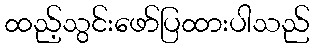
ထည့်သွင်းဖော်ပြထားပါသည်